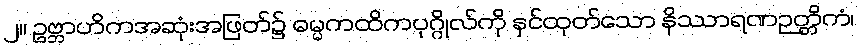
၂။ ဥဗ္ဘာဟိကအဆုံးအဖြတ်၌ ဓမ္မကထိကပုဂ္ဂိုလ်ကို နှင်ထုတ်သော နိဿာရဏဉတ္တိကံ၊